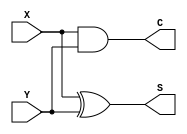
module halfAdder(X,Y,S,C);
	input X,Y;
	output C,S;
	
	xor (S,X,Y);
	and(C,X,Y);
	
endmodule

module fullAdder(X,Y,Z,S,C);
	input X,Y,Z;
	output C,S;
	wire sumWire,carryWire;
	
	halfAdder ha0(x,y,sumWire,carryWire);
	halfAdder ha1(sumWire,Z,carryWire1,S);
	or(C,carryWire,carryWire1);
	
endmodule
/*
module fullAdder_stimulus_generator(x,y,z);
	output reg x,y,z;
	
	initial
	begin
		x=0;
		y=0;
		z=0;
		
		$dumpfile("fullAdder.vcd");
		$dumpvars;
		
		x=0; y=0; z=0;
		#2
		x=0; y=0; z=1;
		#2
		x=0; y=1; z=0;
		#2
		x=0; y=1; z=1;
		#2
		x=1; y=0; z=0;
		#2
		x=1; y=0; z=1;
		#2
		x=1; y=1; z=0;
		#2
		x=1; y=1; z=1;
		#2
		
		$finish;
	end
endmodule
*/
module gatelevel_stimulus_generator(x,y);
	output reg x,y;
		
	initial
	begin
		
		x=0;
		y=0;
		
		$dumpfile("testv.vcd");
		$dumpvars;
		x=0; y=0; 
		#2
		x=0; y=1; 
		#2
		x=1; y=0; 
		#2
		x=1; y=1; 
		#2
		
		$finish;
	end
endmodule

module fullAdder_testbench();
	wire X,Y;
	halfAdder ha(X,Y,S,C);

	gatelevel_stimulus_generator GASG(X,Y);
endmodule